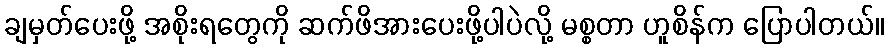
ချမှတ်ပေးဖို့ အစိုးရတွေကို ဆက်ဖိအားပေးဖို့ပါပဲလို့ မစ္စတာ ဟူစိန်က ပြောပါတယ်။